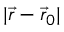
| { \vec { r } } - { \vec { r } } _ { 0 } |